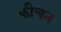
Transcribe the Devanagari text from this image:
कीचन